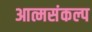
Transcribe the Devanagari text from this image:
आत्मसंकल्प